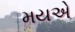
મયએ